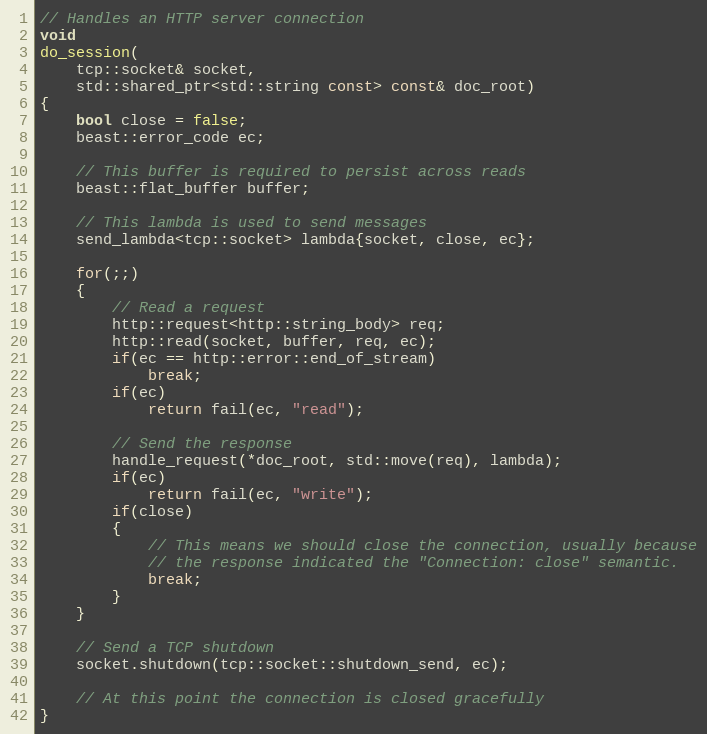
Language: C++
// Handles an HTTP server connection
void
do_session(
    tcp::socket& socket,
    std::shared_ptr<std::string const> const& doc_root)
{
    bool close = false;
    beast::error_code ec;

    // This buffer is required to persist across reads
    beast::flat_buffer buffer;

    // This lambda is used to send messages
    send_lambda<tcp::socket> lambda{socket, close, ec};

    for(;;)
    {
        // Read a request
        http::request<http::string_body> req;
        http::read(socket, buffer, req, ec);
        if(ec == http::error::end_of_stream)
            break;
        if(ec)
            return fail(ec, "read");

        // Send the response
        handle_request(*doc_root, std::move(req), lambda);
        if(ec)
            return fail(ec, "write");
        if(close)
        {
            // This means we should close the connection, usually because
            // the response indicated the "Connection: close" semantic.
            break;
        }
    }

    // Send a TCP shutdown
    socket.shutdown(tcp::socket::shutdown_send, ec);

    // At this point the connection is closed gracefully
}